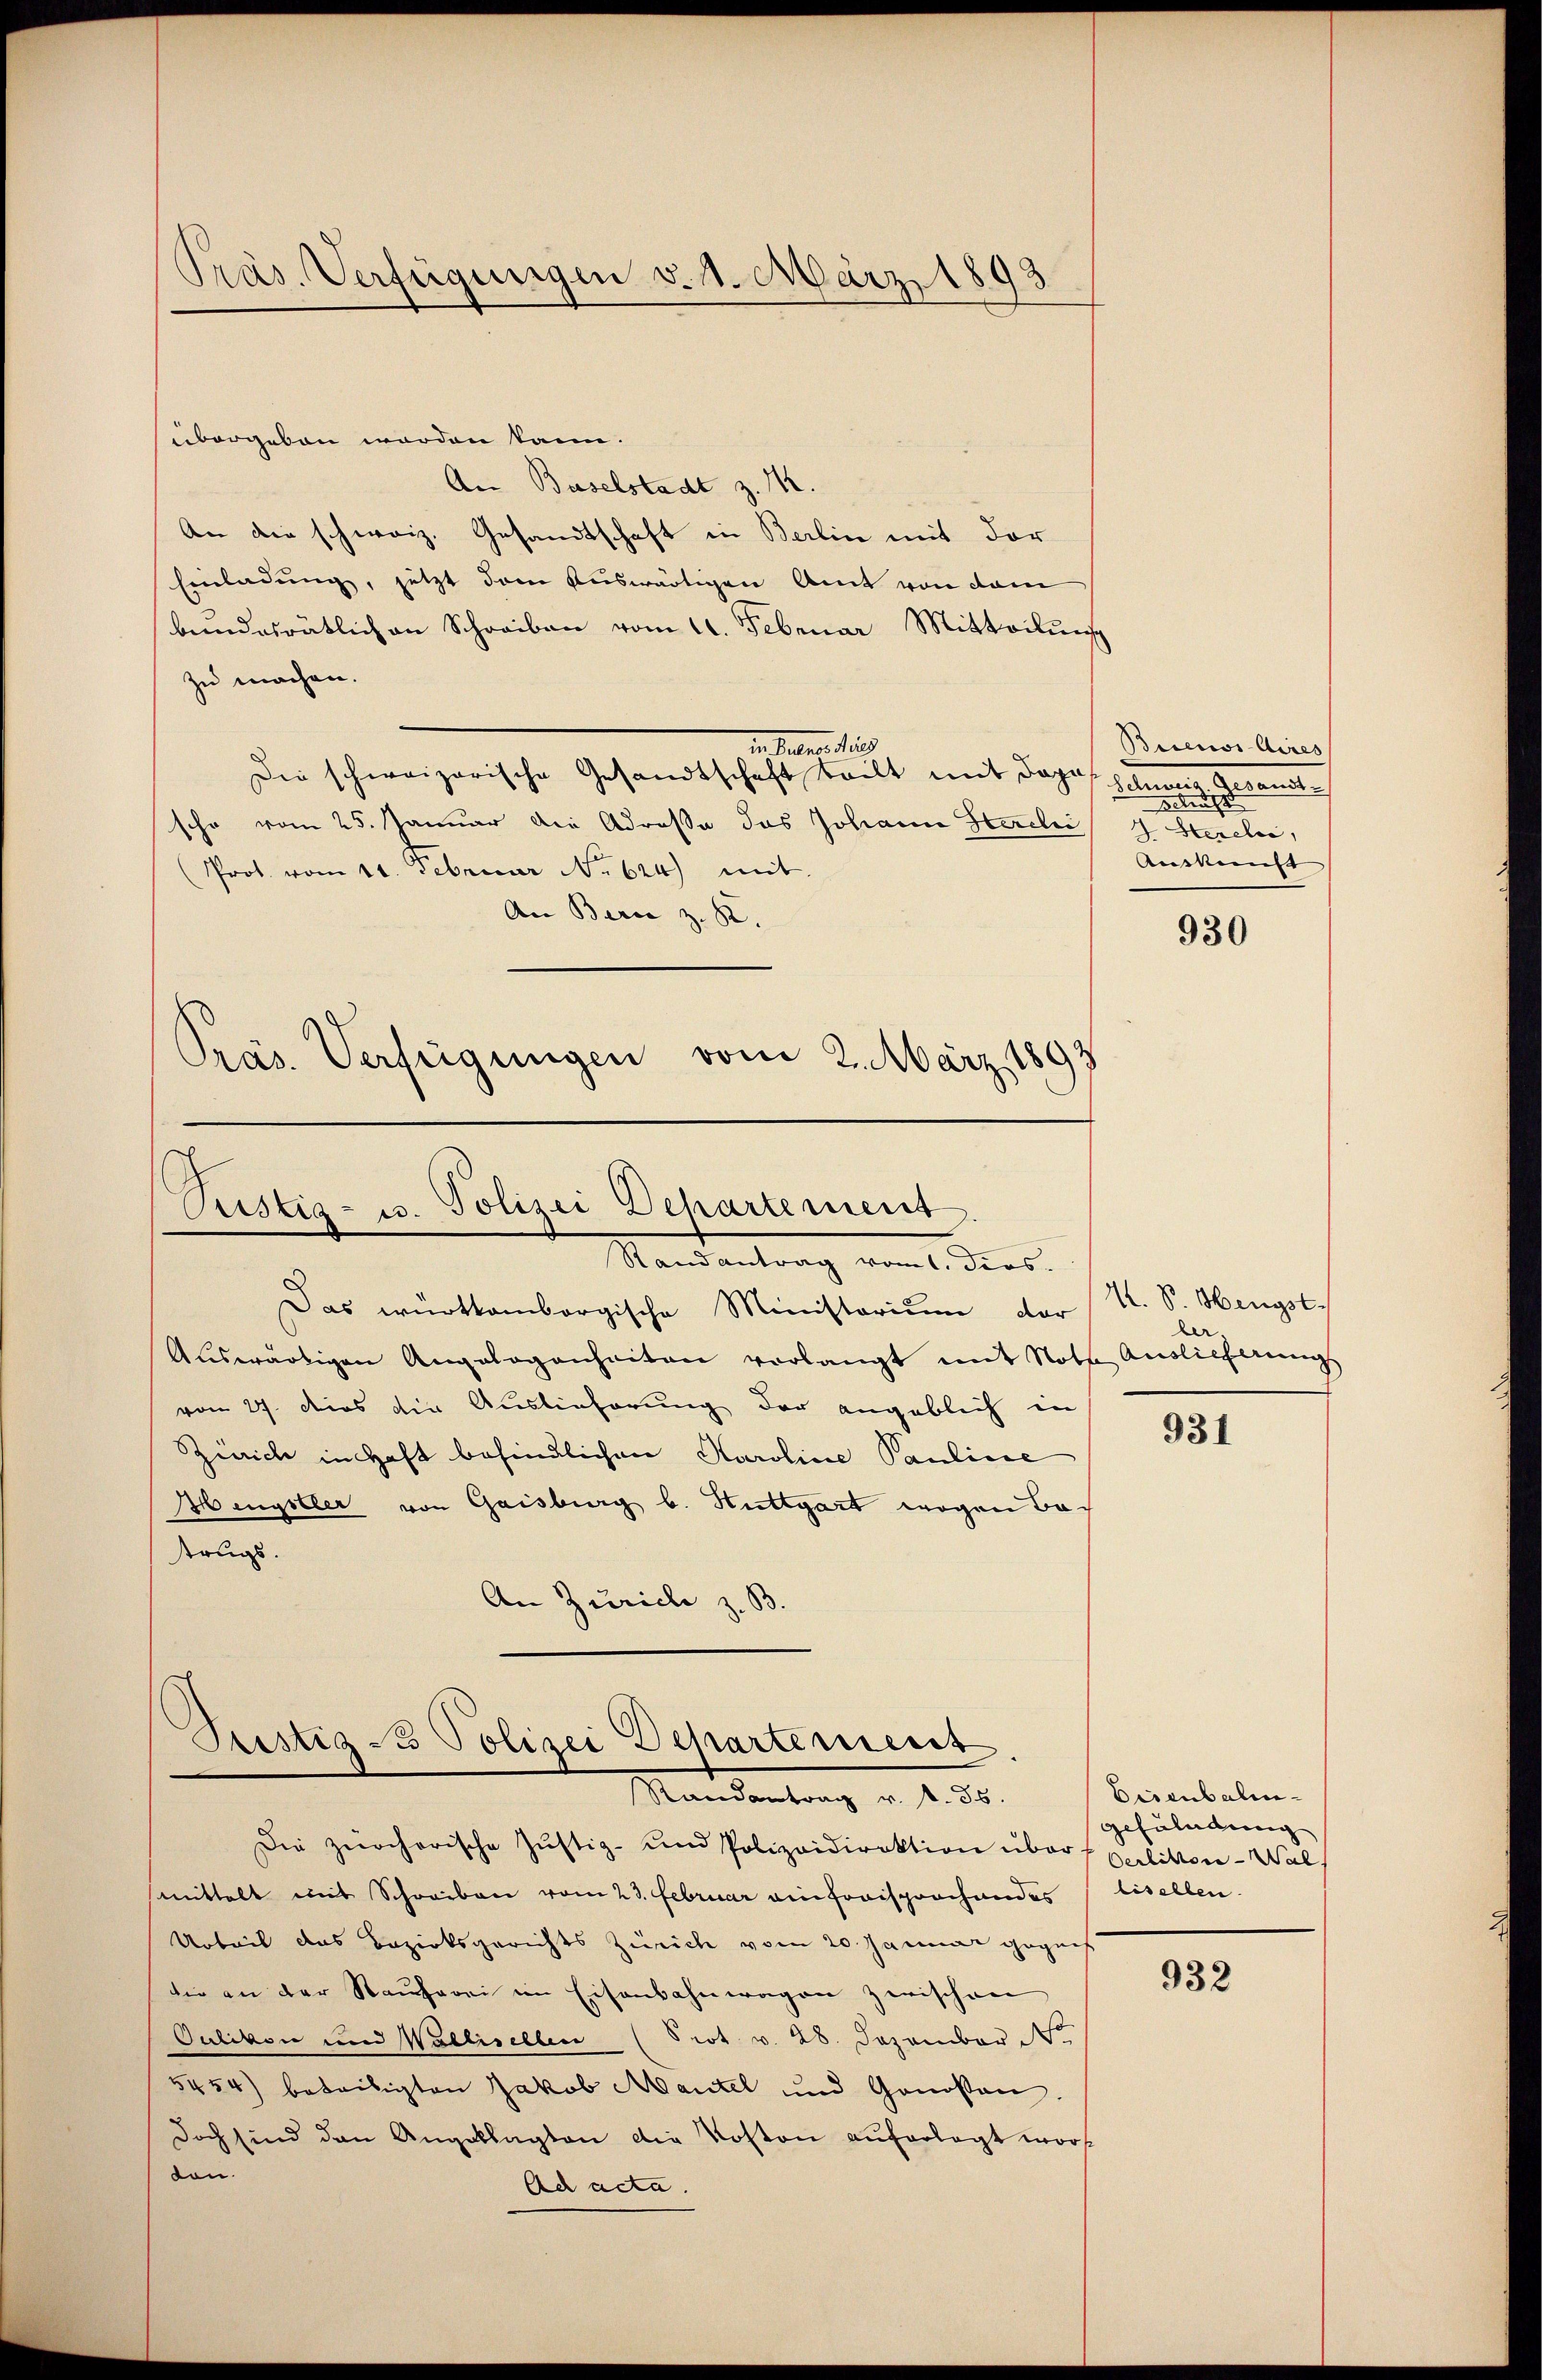
Präs. Verfügungen v. 1. März
93

übergeben worden kann.
An Baselstadt z. 14.
An die schweiz. Gesandtschaft in Berlin mit der
Einladung, jetzt dem Auswärtigen Amt von dam
bŭndesrätlich an Schreiben vom 11. Februar Mitteilŭng
zu machen.
in Seiter dies
Die schweizerische Gesandtschaft teilt mit Joh. Schwie Gesandtsche vom 25. Januar die Adressa das Johann Starchi
Prot. vom 11. Februar No 624) mit
An Berne z. B.

Pras. Verfügungen vom 2. März 1893
Püstig - u. Polizei Departement.
Randantrag vom 1. Dios.

Das württembergische Ministerium der
Aŭswärtigen Angelegenheiten vorlangt mit Noth Auslieferŭngs
von 27. dies die Auslieferung der angeblich in
Zürich in Haft befindlichen Karoline Pauliere
Hengstler von Gaisburg b. Stuttgart wegen Betrugs.
An Zürich z. B.

Justiz - Polizei Departement.
Randantrag v. d. 35.
Die zürcherische Justiz- und Polizeidirektion über verlitten-Wal

mittelt mit Schreiben vom 23. Februar ain fraisprochendes
Urteil das Bezirksgerichts Zürich vom 20. Januar gegens
die an der Rauherei im Eisenbahnwagen zwischen
Oulikon und Wallisellen (Prot v. 28. Dezember t
5454) beteiligten Jakob Mantel und Genossen.
doch sind den Angeklagten die Kosten auferlegt word
von.
Ach acta.

Biceros Aires
Feld
Herelii,
Andense
930

A. S. Hengst.
ber.

931

Eisenbalen
gefülndung
bisellen.

932